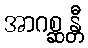
အာဂစ္ဆန္တီ